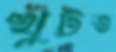
খুঁটত